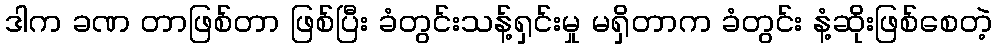
ဒါက ခဏ တာဖြစ်တာ ဖြစ်ပြီး ခံတွင်းသန့်ရှင်းမှု မရှိတာက ခံတွင်း နံ့ဆိုးဖြစ်စေတဲ့